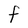
Character: F